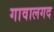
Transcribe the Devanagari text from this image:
गावालगद